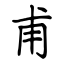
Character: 甫